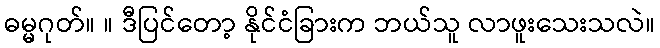
ဓမ္မဂုတ်။ ။ ဒီပြင်တော့ နိုင်ငံခြားက ဘယ်သူ လာဖူးသေးသလဲ။